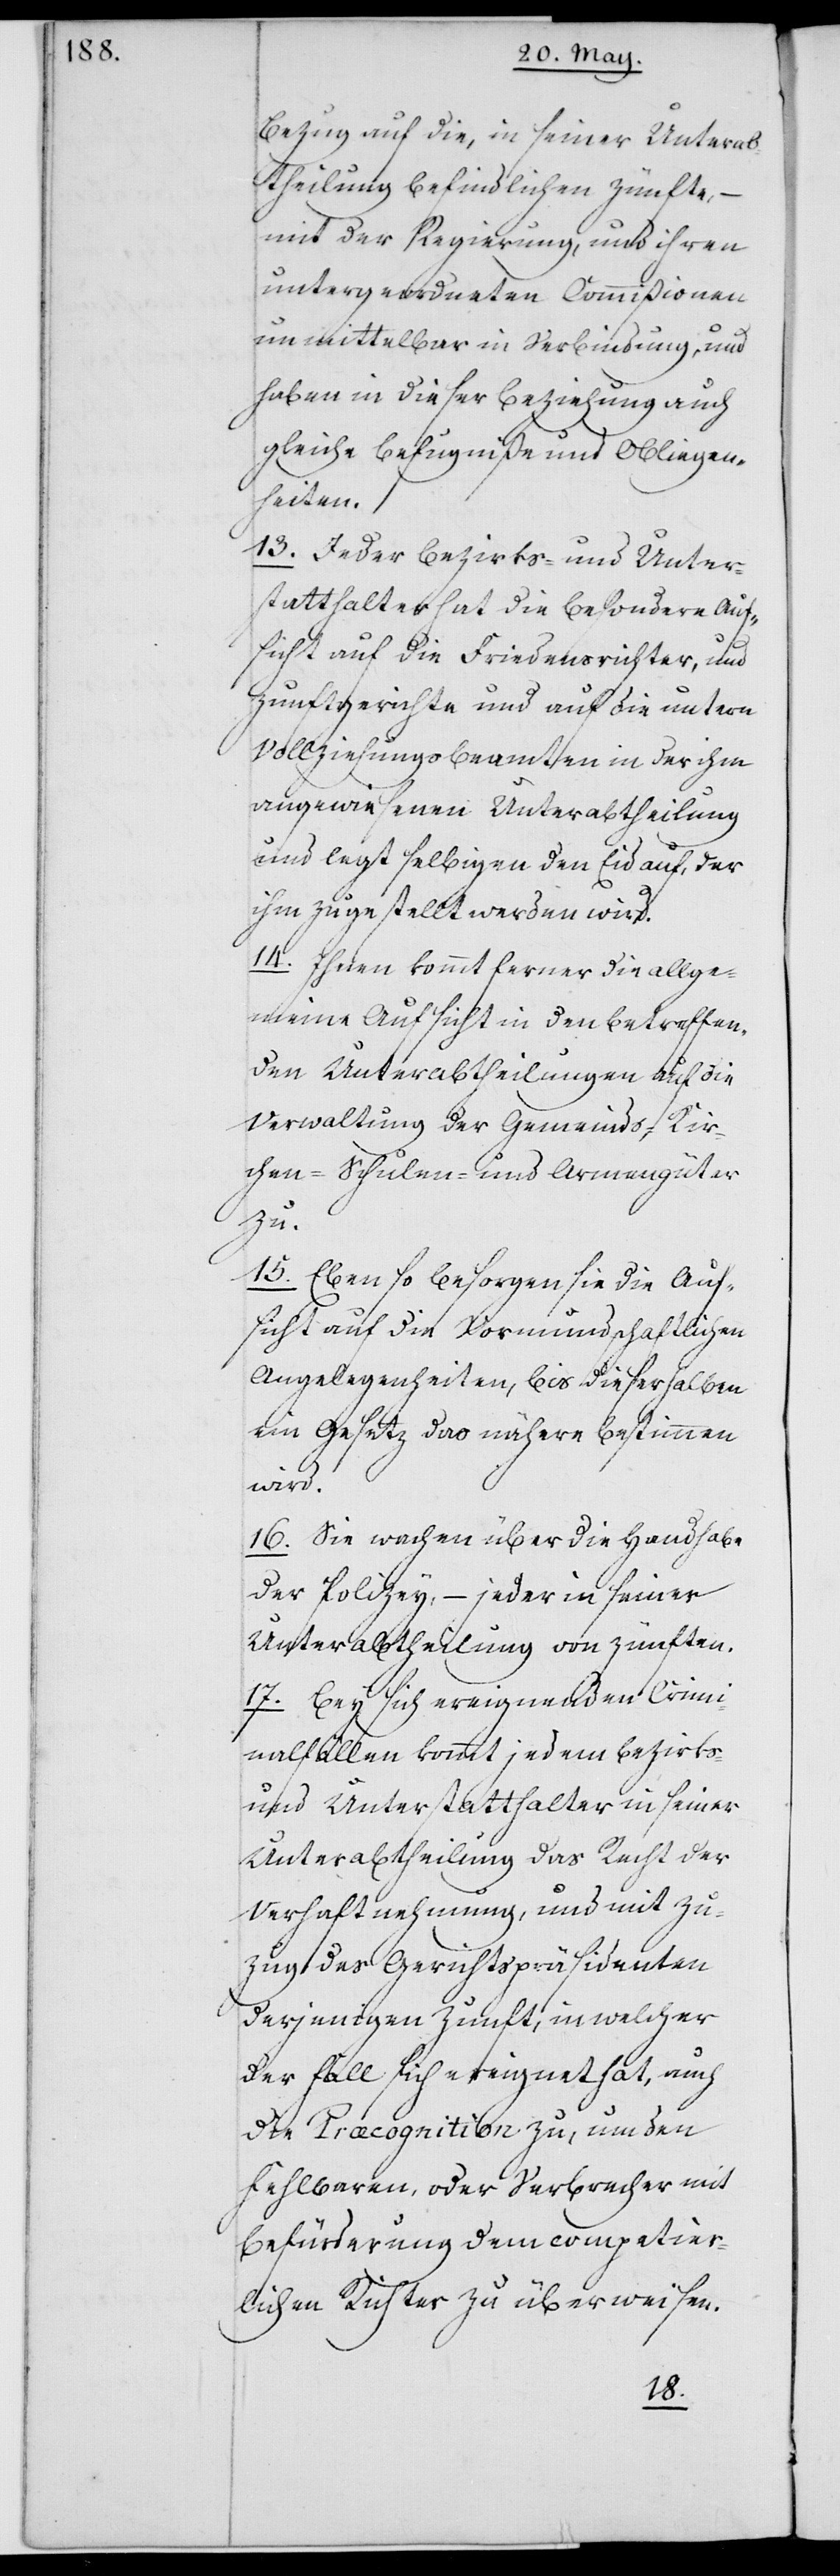
Bezug auf die, in seiner Unterab¬
theilung befindlichen Zünfte, –
mit der Regierung, und ihren
untergeordneten Commißionen
unmittelbar in Verbindung, und
haben in dieser Beziehung auch
gleiche Befugniße und Obliegen¬
heiten.
13. Jeder Bezirks- und Unter¬
statthalter hat die besondere Auf¬
sicht auf die Friedensrichter und
Zunftgerichte, und auf die untern
Vollziehungsbeamten in der ihm
angewiesenen Unterabtheilung
und legt selbigen den Eid auf, der
ihm zugestellt werden wird.
14. Ihnen kommt ferner die allge¬
meine Aufsicht in den betreffen¬
den Unterabtheilungen auf die
Verwaltung der Gemeinds- Kir¬
chen- Schulen- und Armengüter
zu.
15. Ebenso besorgen sie die Auf¬
sicht auf die Vormundschaftlichen
Angelegenheiten, bis dieserhalben
ein Gesetz das Nähere bestimmen
wird.
16. Sie wachen über die Handhabe
der Polizey, – jeder in seiner
Unterabtheilung von Zünften.
17. Bey sich ereignenden Crimi¬
nalfällen kommt jedem Bezirks-
und Unterstatthalter in seiner
Unterabtheilung das Recht der
Verhaftnehmung, und mit Zu¬
zug des Gerichtspräsidenten
derjenigen Zunft, in welcher
der Fall sich ereignet hat, auch
die Praecognition zu, um den
Fehlbaren, oder Verbrecher mit
Befürderung dem competier¬
lichen Richter zu überweisen.